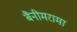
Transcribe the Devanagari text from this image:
बैनीमरामा